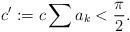
LaTeX: \begin{align*}c':= c \sum a_k < \frac{\pi}{2}. \end{align*}